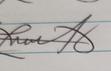
Signature authenticity: genuine